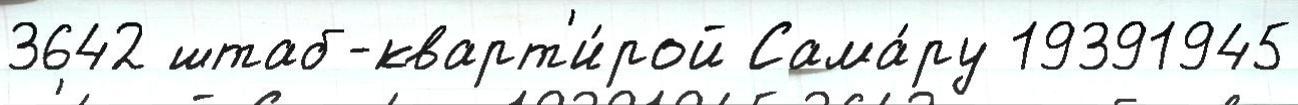
3642 штаб-кварт'и́рой Сама́ру 19391945